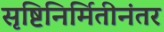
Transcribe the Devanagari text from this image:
सृष्टिनिर्मितीनंतर